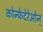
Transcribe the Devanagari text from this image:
कोन्फेदेरेओन्